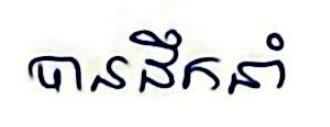
បានដឹកនាំ